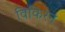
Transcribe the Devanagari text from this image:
विकिरन